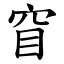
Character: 窅